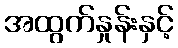
အထွက်နှုန်းနှင့်